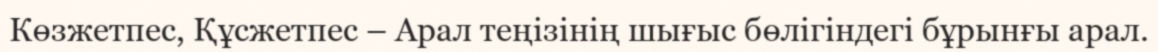
Көзжетпес, Құсжетпес – Арал теңізінің шығыс бөлігіндегі бұрынғы арал.